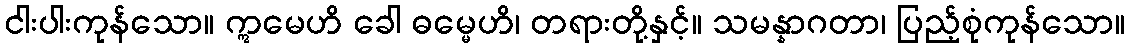
ငါးပါးကုန်သော။ ဣမေဟိ ခေါ ဓမ္မေဟိ၊ တရားတို့နှင့်။ သမန္နာဂတာ၊ ပြည့်စုံကုန်သော။